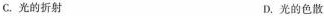
C.光的折射 D.光的色散